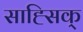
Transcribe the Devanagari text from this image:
साह्सिक्